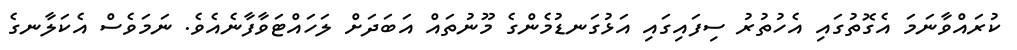
ކުރައްވާނަމަ އެގޮތުގައި އެހުތުރު ސިފައިގައި އަޅުގަނޑުމެންގެ މޫނުތައް އަބަދަށް ލަހައްޓަވާފާނެއެވެ. ނަމަވެސް އެކަލާނގެ